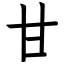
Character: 甘